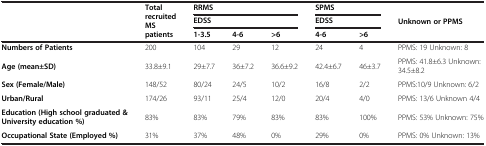
<table><thead><tr><td rowspan="3"><b> </b></td><td rowspan="3"><b>Total recruited MS patients</b></td><td colspan="3"><b>RRMS</b></td><td colspan="2"><b>SPMS</b></td><td rowspan="3"><b>Unknown or PPMS</b></td></tr><tr><td colspan="3"><b>EDSS</b></td><td colspan="2"><b>EDSS</b></td></tr><tr><td><b>1-3.5</b></td><td><b>4-6</b></td><td><b>&gt;6</b></td><td><b>4-6</b></td><td><b>&gt;6</b></td></tr></thead><tbody><tr><td><b>Numbers of Patients</b></td><td>200</td><td>104</td><td>29</td><td>12</td><td>24</td><td>4</td><td>PPMS: 19 Unknown: 8</td></tr><tr><td><b>Age (mean±SD)</b></td><td>33.8±9.1</td><td>29±7.7</td><td>36±7.2</td><td>36.6±9.2</td><td>42.4±6.7</td><td>46±3.7</td><td>PPMS: 41.8±6.3 Unknown: 34.5±8.2</td></tr><tr><td><b>Sex (Female/Male)</b></td><td>148/52</td><td>80/24</td><td>24/5</td><td>10/2</td><td>16/8</td><td>2/2</td><td>PPMS:10/9 Unknown: 6/2</td></tr><tr><td><b>Urban/Rural</b></td><td>174/26</td><td>93/11</td><td>25/4</td><td>12/0</td><td>20/4</td><td>4/0</td><td>PPMS: 13/6 Unknown 4/4</td></tr><tr><td><b>Education (High school graduated </b><b>&amp; University education %)</b></td><td>83%</td><td>83%</td><td>79%</td><td>83%</td><td>83%</td><td>100%</td><td>PPMS: 53% Unknown: 75%</td></tr><tr><td><b>Occupational State (Employed %)</b></td><td>31%</td><td>37%</td><td>48%</td><td>0%</td><td>29%</td><td>0%</td><td>PPMS: 0% Unknown: 13%</td></tr></tbody></table>